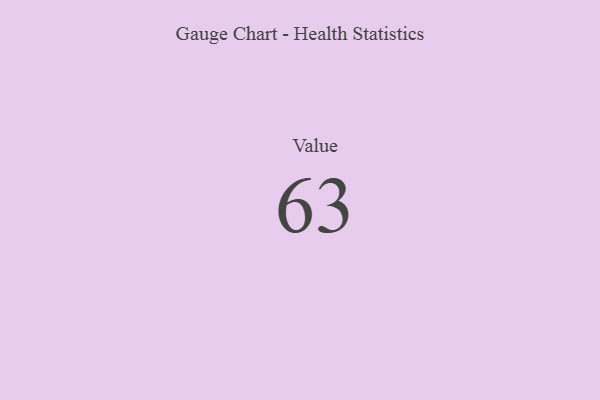
{"axis": {"x": "Metric", "y": "Value"}, "legend": [""], "data": [{"x": "Value", "y": 63, "type": ""}]}